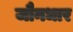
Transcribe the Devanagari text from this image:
जौनधार